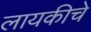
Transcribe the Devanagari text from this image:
लायकीचे